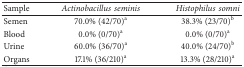
<table><thead><tr><td><b>Sample</b></td><td><b><i>Actinobacillusseminis </i></b></td><td><b><i>Histophilussomni </i></b></td></tr></thead><tbody><tr><td>Semen</td><td>70.0% (42/70)<sup>a</sup></td><td>38.3% (23/70)<sup>b</sup></td></tr><tr><td>Blood</td><td>0.0% (0/70)<sup>a</sup></td><td>0.0% (0/70)<sup>a</sup></td></tr><tr><td>Urine</td><td>60.0% (36/70)<sup>a</sup></td><td>40.0% (24/70)<sup>b</sup></td></tr><tr><td>Organs</td><td>17.1% (36/210)<sup>a</sup></td><td>13.3% (28/210)<sup>a</sup></td></tr></tbody></table>